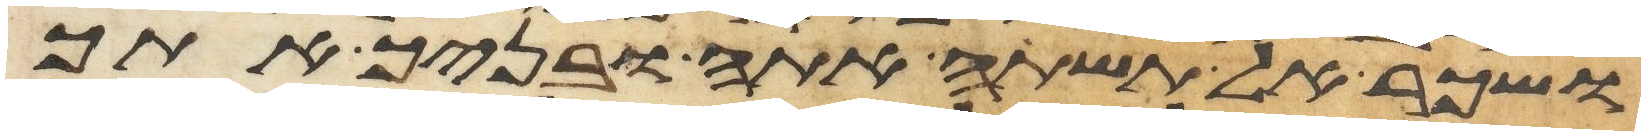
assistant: ושכר אל תשתה אתה ובניך אתך